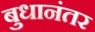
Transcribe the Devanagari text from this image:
बुधानंतर